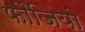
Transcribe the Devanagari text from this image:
फौजियो